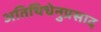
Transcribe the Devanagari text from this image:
अतिथिधेनुप्रसाद